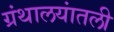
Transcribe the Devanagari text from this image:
ग्रंथालयांतली